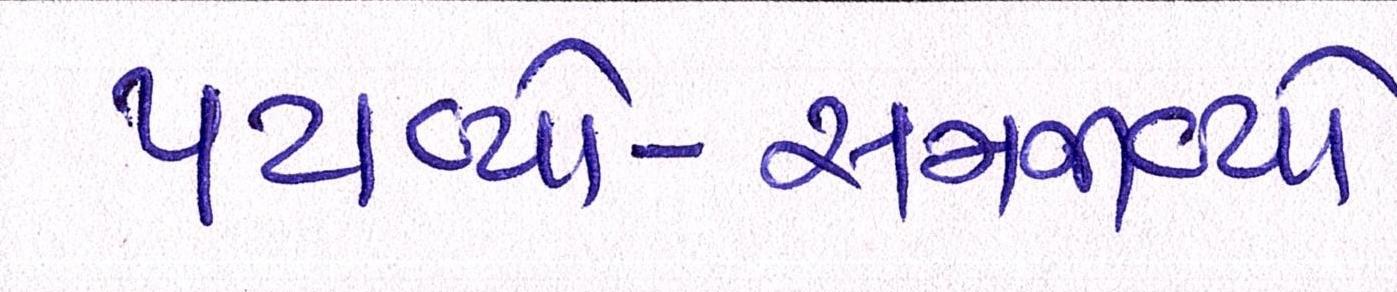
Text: પટાવ્યો-સમજાવ્યો